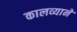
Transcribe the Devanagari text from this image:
कालव्याने